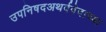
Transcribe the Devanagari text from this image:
उपनिषदअथर्ववेदाच्या